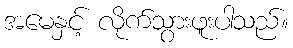
အမေနှင့် လိုက်သွားဖူးပါသည်။